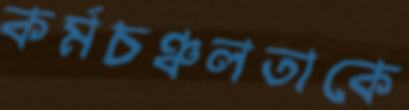
কর্মচঞ্চলতাকে